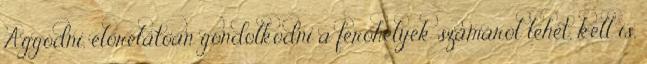
Aggódni, előrelátóan gondolkodni a férőhelyek számáról lehet, kell is,